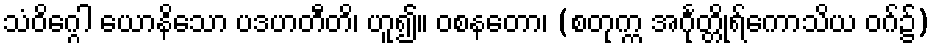
သံဝိဂ္ဂေါ ယောနိသော ပဒဟတီတိ၊ ဟူ၍။ ဝစနတော၊ (စတုက္က အင်္ဂုတ္တိုရ်ကောသိယ ဝဂ်၌)